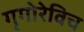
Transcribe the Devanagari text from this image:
गृगोरेविच